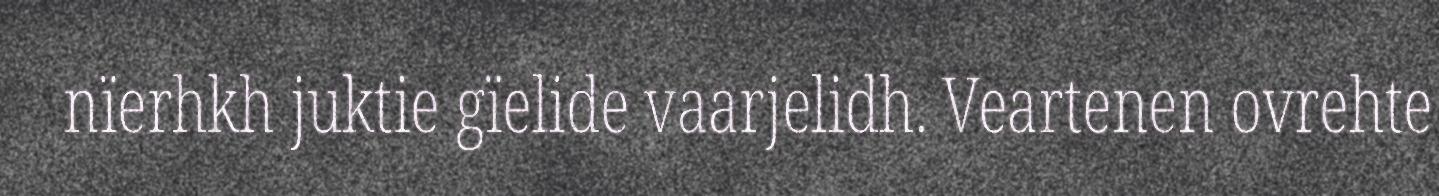
nïerhkh juktie gïelide vaarjelidh. Veartenen ovrehte